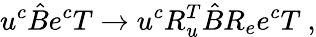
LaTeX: u^{c}\hat{B}e^{c}T\to u^{c}R_{u}^{T}\hat{B}R_{e}e^{c}T~,